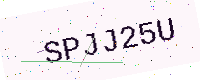
Text: SPJJ25U